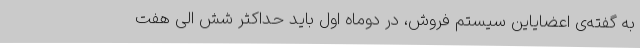
به گفته‌ی اعضایاین سیستم فروش، در دوماه اول باید حداکثر شش الی هفت